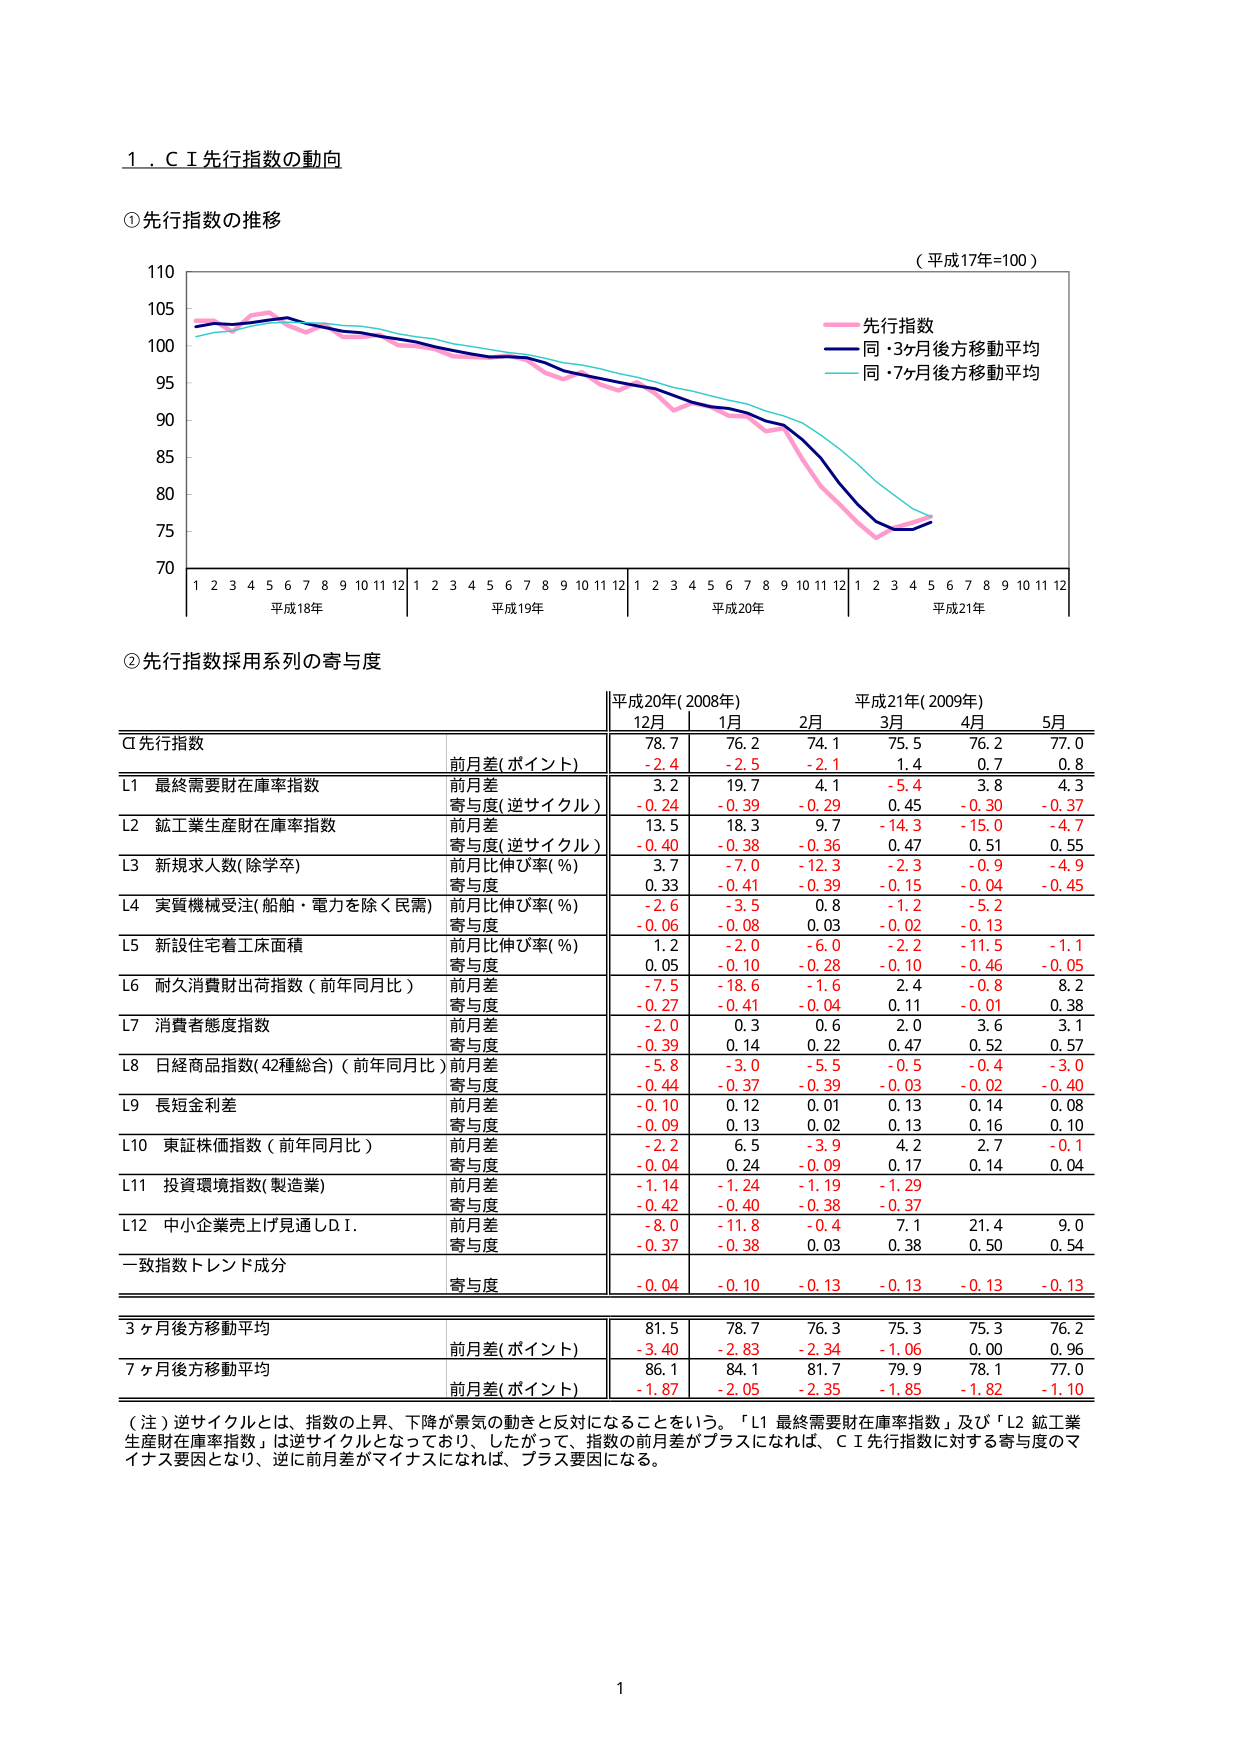
1．ＣＩ先行指数の動向

①先行指数の推移

（平成17年=100）

先行指数
同・3ヶ月後方移動平均
同・7ヶ月後方移動平均

1 2 3 4 5 6 7 8 9 10 11 12 1 2 3 4 5 6 7 8 9 10 11 12 1 2 3 4 5 6 7 8 9 10 11 12 1 2 3 4 5 6 7 8 9 10 11 12
平成18年 平成19年 平成20年 平成21年

②先行指数採用系列の寄与度

平成20年(2008年) 平成21年(2009年)
12月 1月 2月 3月 4月 5月

CI先行指数 前月差(ポイント) 78.7 76.2 74.1 75.5 76.2 77.0
-2.4 -2.5 -2.1 1.4 0.7 0.8

L1 最終需要財在庫率指数 前月差 3.2 19.7 4.1 -5.4 3.8 4.3
寄与度(逆サイクル) -0.24 -0.39 -0.29 0.45 -0.30 -0.37

L2 鉱工業生産財在庫率指数 前月差 13.5 18.3 9.7 -14.3 -15.0 -4.7
寄与度(逆サイクル) -0.40 -0.38 -0.36 0.47 0.51 0.55

L3 新規求人数(除学卒) 前月比伸び率(%) 3.7 -7.0 -12.3 -2.3 -0.9 -4.9
寄与度 0.33 -0.41 -0.39 -0.15 -0.04 -0.45

L4 実質機械受注(船舶・電力を除く民需) 前月比伸び率(%) -2.6 -3.5 0.8 -1.2 -5.2
寄与度 -0.06 -0.08 0.03 -0.02 -0.13

L5 新設住宅着工床面積 前月比伸び率(%) 1.2 -2.0 -6.0 -2.2 -11.5 -1.1
寄与度 0.05 -0.10 -0.28 -0.10 -0.46 -0.05

L6 耐久消費財出荷指数（前年同月比） 前月差 -7.5 -18.6 -1.6 2.4 -0.8 8.2
寄与度 -0.27 -0.41 -0.04 0.11 -0.01 0.38

L7 消費者態度指数 前月差 -2.0 0.3 0.6 2.0 3.6 3.1
寄与度 -0.39 0.14 0.22 0.47 0.52 0.57

L8 日経商品指数(42種総合)（前年同月比）前月差 -5.8 -3.0 -5.5 -0.5 -0.4 -3.0
寄与度 -0.44 -0.37 -0.39 -0.03 -0.02 -0.40

L9 長短金利差 前月差 -0.10 0.12 0.01 0.13 0.14 0.08
寄与度 -0.09 0.13 0.02 0.13 0.16 -0.10

L10 東証株価指数（前年同月比） 前月差 -2.2 6.5 -3.9 4.2 2.7 -0.1
寄与度 -0.04 0.24 -0.09 0.17 0.14 0.04

L11 投資環境指数(製造業) 前月差 -1.14 -1.24 -1.19 -1.29
寄与度 -0.42 -0.40 -0.38 -0.37

L12 中小企業売上げ見通しＤＩ． 前月差 -8.0 -11.8 -0.4 7.1 21.4 9.0
寄与度 -0.37 -0.38 0.03 0.38 0.50 0.54

一致指数トレンド成分 寄与度 -0.04 -0.10 -0.13 -0.13 -0.13 -0.13

3ヶ月後方移動平均 81.5 78.7 76.3 75.3 75.3 76.2
前月差(ポイント) -3.40 -2.83 -2.34 -1.06 0.00 0.96

7ヶ月後方移動平均 86.1 84.1 81.7 79.9 78.1 77.0
前月差(ポイント) -1.87 -2.05 -2.35 -1.85 -1.82 -1.10

（注）逆サイクルとは、指数の上昇、下降が景気の動きと反対になることをいう。「L1 最終需要財在庫率指数」及び「L2 鉱工業生産財在庫率指数」は逆サイクルとなっており、したがって、指数の前月差がプラスになれば、ＣＩ先行指数に対する寄与度のマイナス要因となり、逆に前月差がマイナスになれば、プラス要因になる。

1